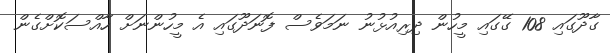
ގާދޫގައި 108 ގޭގައި މީހުން ދިރިއުޅުނު ނަމަވެސް ފޮނަދޫގައި އެ މީހުންނަށް ހާއްސަކޮށްގެން